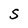
Character: S